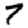
Digit: 7